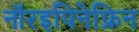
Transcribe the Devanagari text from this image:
नॉरइपिनेफ्रिन